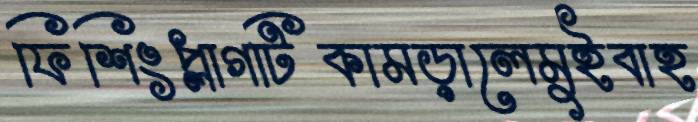
ফিশিংপ্লাগটিকামড়ালেমুইবাহ